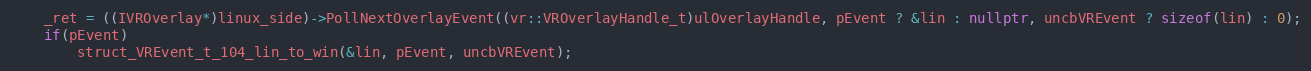
Language: C++
    _ret = ((IVROverlay*)linux_side)->PollNextOverlayEvent((vr::VROverlayHandle_t)ulOverlayHandle, pEvent ? &lin : nullptr, uncbVREvent ? sizeof(lin) : 0);
    if(pEvent)
        struct_VREvent_t_104_lin_to_win(&lin, pEvent, uncbVREvent);